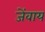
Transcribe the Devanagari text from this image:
जेंवाय